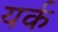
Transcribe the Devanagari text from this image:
यर्क